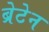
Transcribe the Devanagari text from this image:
ब्रेटेन